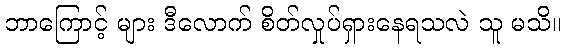
ဘာကြောင့် များ ဒီလောက် စိတ်လှုပ်ရှားနေရသလဲ သူ မသိ။